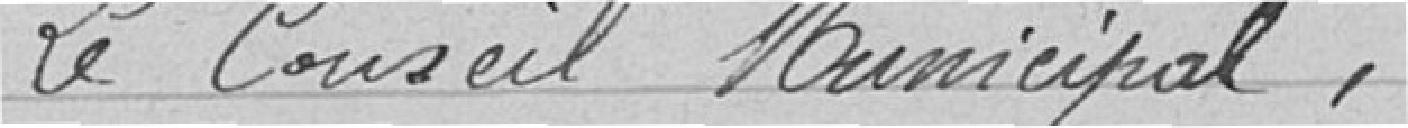
Le Conseil Municipal,